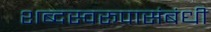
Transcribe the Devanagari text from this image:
शब्दस्वरूपासंबंधी